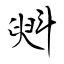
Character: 斞